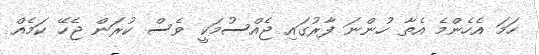
ހަމަ އެހެންމެ އެތާ ހުންނަ ފާރުގައި ޖެއްސުމަކީ ވެސް ކުރަން ޖެހޭ ކަމެއް